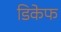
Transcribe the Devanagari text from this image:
डिकेफ